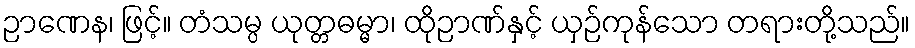
ဉာဏေန၊ ဖြင့်။ တံသမ္ပ ယုတ္တဓမ္မာ၊ ထိုဉာဏ်နှင့် ယှဉ်ကုန်သော တရားတို့သည်။